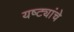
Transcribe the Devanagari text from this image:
यष्ट्यांचे